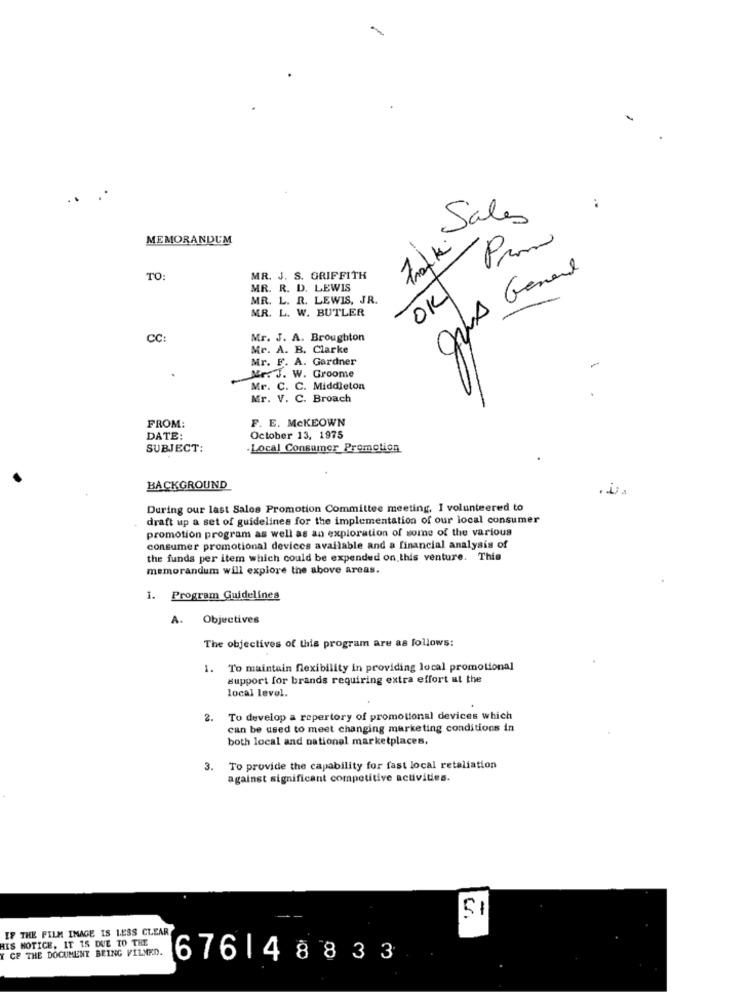
Trafik
:
Sales
MEMORANDUM
Promo
gars Genel
TO:
MR. J. S. GRIFFITH
MR. R. D. LEWIS
MR. L. R. LEWIS, JR.
OK
MR. L. W. BUTLER
CC:
Mr. J. A. Broughton
Mr. A. B. Clarke
Mr. F. A. Gardner
Mr. J. W. Groome
Mr. C. C. Middleton
Mr. V. C. Broach
FROM:
F. E. MCKEOWN
DATE:
October 13, 1975
SUBJECT:
-Local Consumer Promotion
BACKGROUND
During our last Sales Promotion Committee meeting, I volunteered to
draft up a set of guidelines for the implementation of our local consumer
promotion program as well as an exploration of some of the various
consumer promotional devices available and a financial analysis of
the funds per item which could be expended on this venture. This
memorandum will explore the above areas.
1. Program Guidelines
A. Objectives
The objectives of this program are as follows:
1. To maintain flexibility in providing local promotional
support for brands requiring extra effort at the
local level.
2.
To develop a repertory of promotional devices which
can be used to meet changing marketing conditions in
both local and national marketplaces.
3. To provide the capability for fast local retaliation
against significant competitive activities.
51
IF THE FILM IMAGE IS LESS CLEAR
HIS NOTICE, IT IS DUE TO THE
Y CF THE DOCUMENT BEING VILMED.
676148833